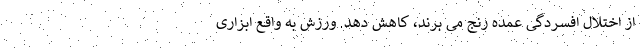
از اختلال افسردگی عمده رنج می برند، کاهش دهد. ورزش به واقع ابزاری